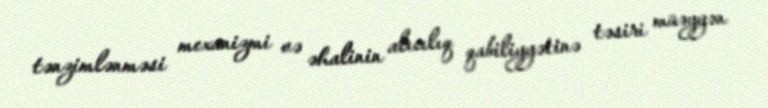
tənzimlənməsi mexanizmi və əhalinin alıcılıq qabiliyyətinə təsiri müəyyən